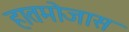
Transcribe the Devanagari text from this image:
हातमोजास